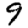
Digit: 9